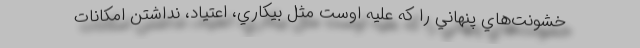
خشونت‌هاي پنهاني را كه عليه اوست مثل بيكاري، اعتياد، نداشتن امكانات